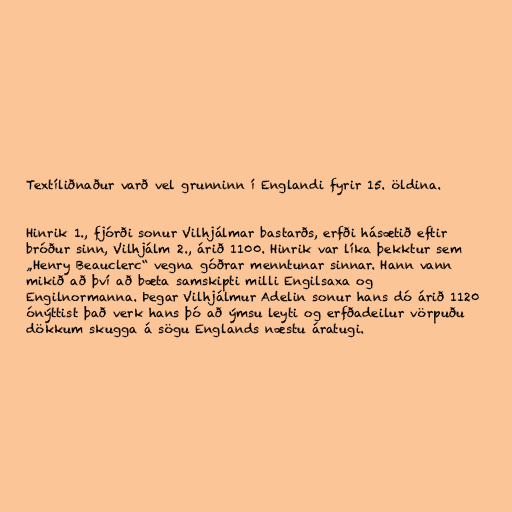
Textíliðnaður varð vel grunninn í Englandi fyrir 15. öldina.

Hinrik 1., fjórði sonur Vilhjálmar bastarðs, erfði hásætið eftir
bróður sinn, Vilhjálm 2., árið 1100. Hinrik var líka þekktur sem
„Henry Beauclerc“ vegna góðrar menntunar sinnar. Hann vann
mikið að því að bæta samskipti milli Engilsaxa og
Engilnormanna. Þegar Vilhjálmur Adelin sonur hans dó árið 1120
ónýttist það verk hans þó að ýmsu leyti og erfðadeilur vörpuðu
dökkum skugga á sögu Englands næstu áratugi.